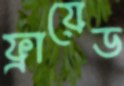
ফ্রায়েড